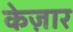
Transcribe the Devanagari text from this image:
केज़ार